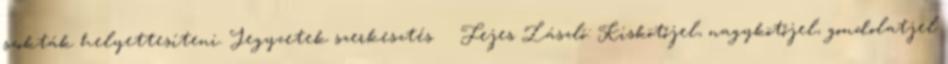
szokták helyettesíteni. Jegyzetek szerkesztés ↑ Fejes László: Kiskötőjel, nagykötőjel, gondolatjel